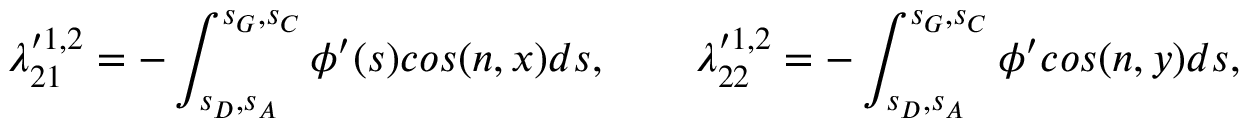
\lambda _ { 2 1 } ^ { \prime 1 , 2 } = - \int _ { s _ { D } , s _ { A } } ^ { s _ { G } , s _ { C } } \phi ^ { \prime } ( s ) c o s ( n , x ) d s , \qquad \lambda _ { 2 2 } ^ { \prime 1 , 2 } = - \int _ { s _ { D } , s _ { A } } ^ { s _ { G } , s _ { C } } \phi ^ { \prime } c o s ( n , y ) d s ,